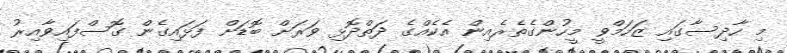
މި ހާދިސާގައި ޒަހަމްވީ މީހުންގެތެރެއިން އެކެއްގެ ދަތްދޮޅި ވަރަށް ބޮޑަށް ފަޅައިގެން ގޮސްފައިވާއިރު